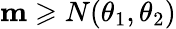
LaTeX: \mathbf{m}\geqslant N(\theta_{1},\theta_{2})